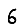
Digit: 6